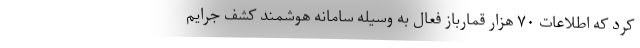
کرد که اطلاعات ۷۰ هزار قمارباز فعال به وسیله سامانه هوشمند کشف جرایم